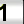
Digit: 1